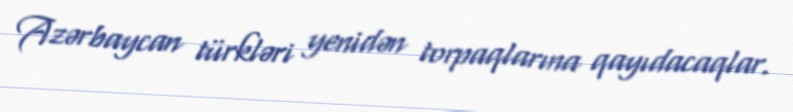
Azərbaycan türkləri yenidən torpaqlarına qayıdacaqlar.